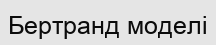
Бертранд моделі